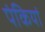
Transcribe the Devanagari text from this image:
पंकियां